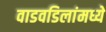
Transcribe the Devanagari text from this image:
वाडवडिलांमध्ये